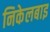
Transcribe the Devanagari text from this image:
निकेलबाइ